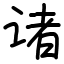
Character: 诸